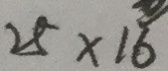
2 5 \times 1 6